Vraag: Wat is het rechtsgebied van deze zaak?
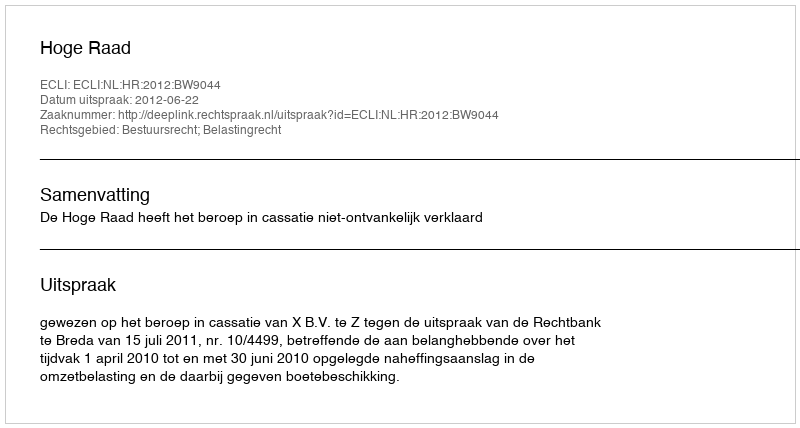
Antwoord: Bestuursrecht; Belastingrecht